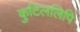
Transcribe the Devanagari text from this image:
कुटिललिपि